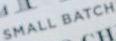
SMALL BATCH